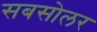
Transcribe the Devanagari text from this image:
सबसोलर